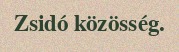
Zsidó közösség.